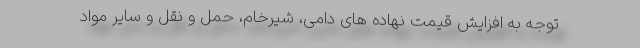
توجه به افزایش قیمت نهاده های دامی، شیرخام، حمل و نقل و سایر مواد